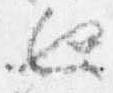
也